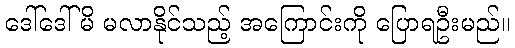
ဒေါ်ဒေါ်မိ မလာနိုင်သည့် အကြောင်းကို ပြောရဦးမည်။